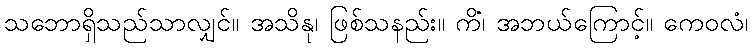
သဘောရှိသည်သာလျှင်။ အသိနု၊ ဖြစ်သနည်း။ ကိံ၊ အဘယ်ကြောင့်။ ကေဝလံ၊